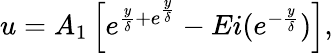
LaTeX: \begin{array}{r}{u=A_{1}\left[e^{\frac{y}{\delta}+e^{\frac{y}{\delta}}}-Ei(e^{-\frac{y}{\delta}})\right],}\end{array}